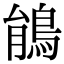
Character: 䳌